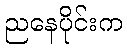
ညနေပိုင်းက